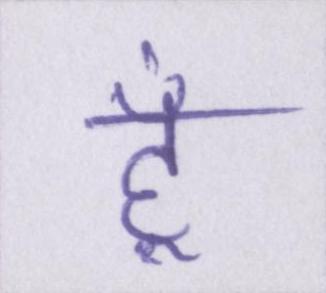
हूँ